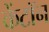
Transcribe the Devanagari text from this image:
केंटॉन